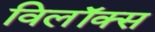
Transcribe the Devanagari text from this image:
विलॉक्स